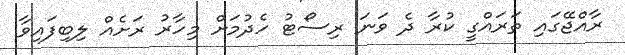
ރާއްޖޭގައި ތަރައްގީ ކުރާ ދެ ވަނަ ރިސޯޓު ހެދުމަށް މިހާރު ރަށެއް ލިބިފައިވާ